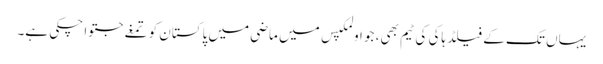
یہاں تک کے فیلڈ ہاکی کی ٹیم بھی، جو اولمکپس میں ماضی میں پاکستان کو تمغے جتوا چکی ہے۔